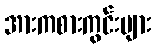
အားကစားကွင်းများ